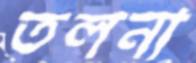
তলনা